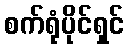
စက်ရုံပိုင်ရှင်